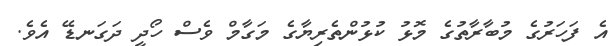
އެ ފަހަރުގެ މުބާރާތުގެ މޮޅު ކުޅުންތެރިޔާގެ މަގާމް ވެސް ހޯދީ ދަގަނޑޭ އެވެ.